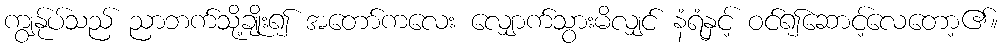
ကျွန်ုပ်သည် ညာဘက်သို့ချိုး၍ အတော်ကလေး လျှောက်သွားမိလျှင် နံရံနှင့် ဝင်၍ဆောင့်လေတော့၏။